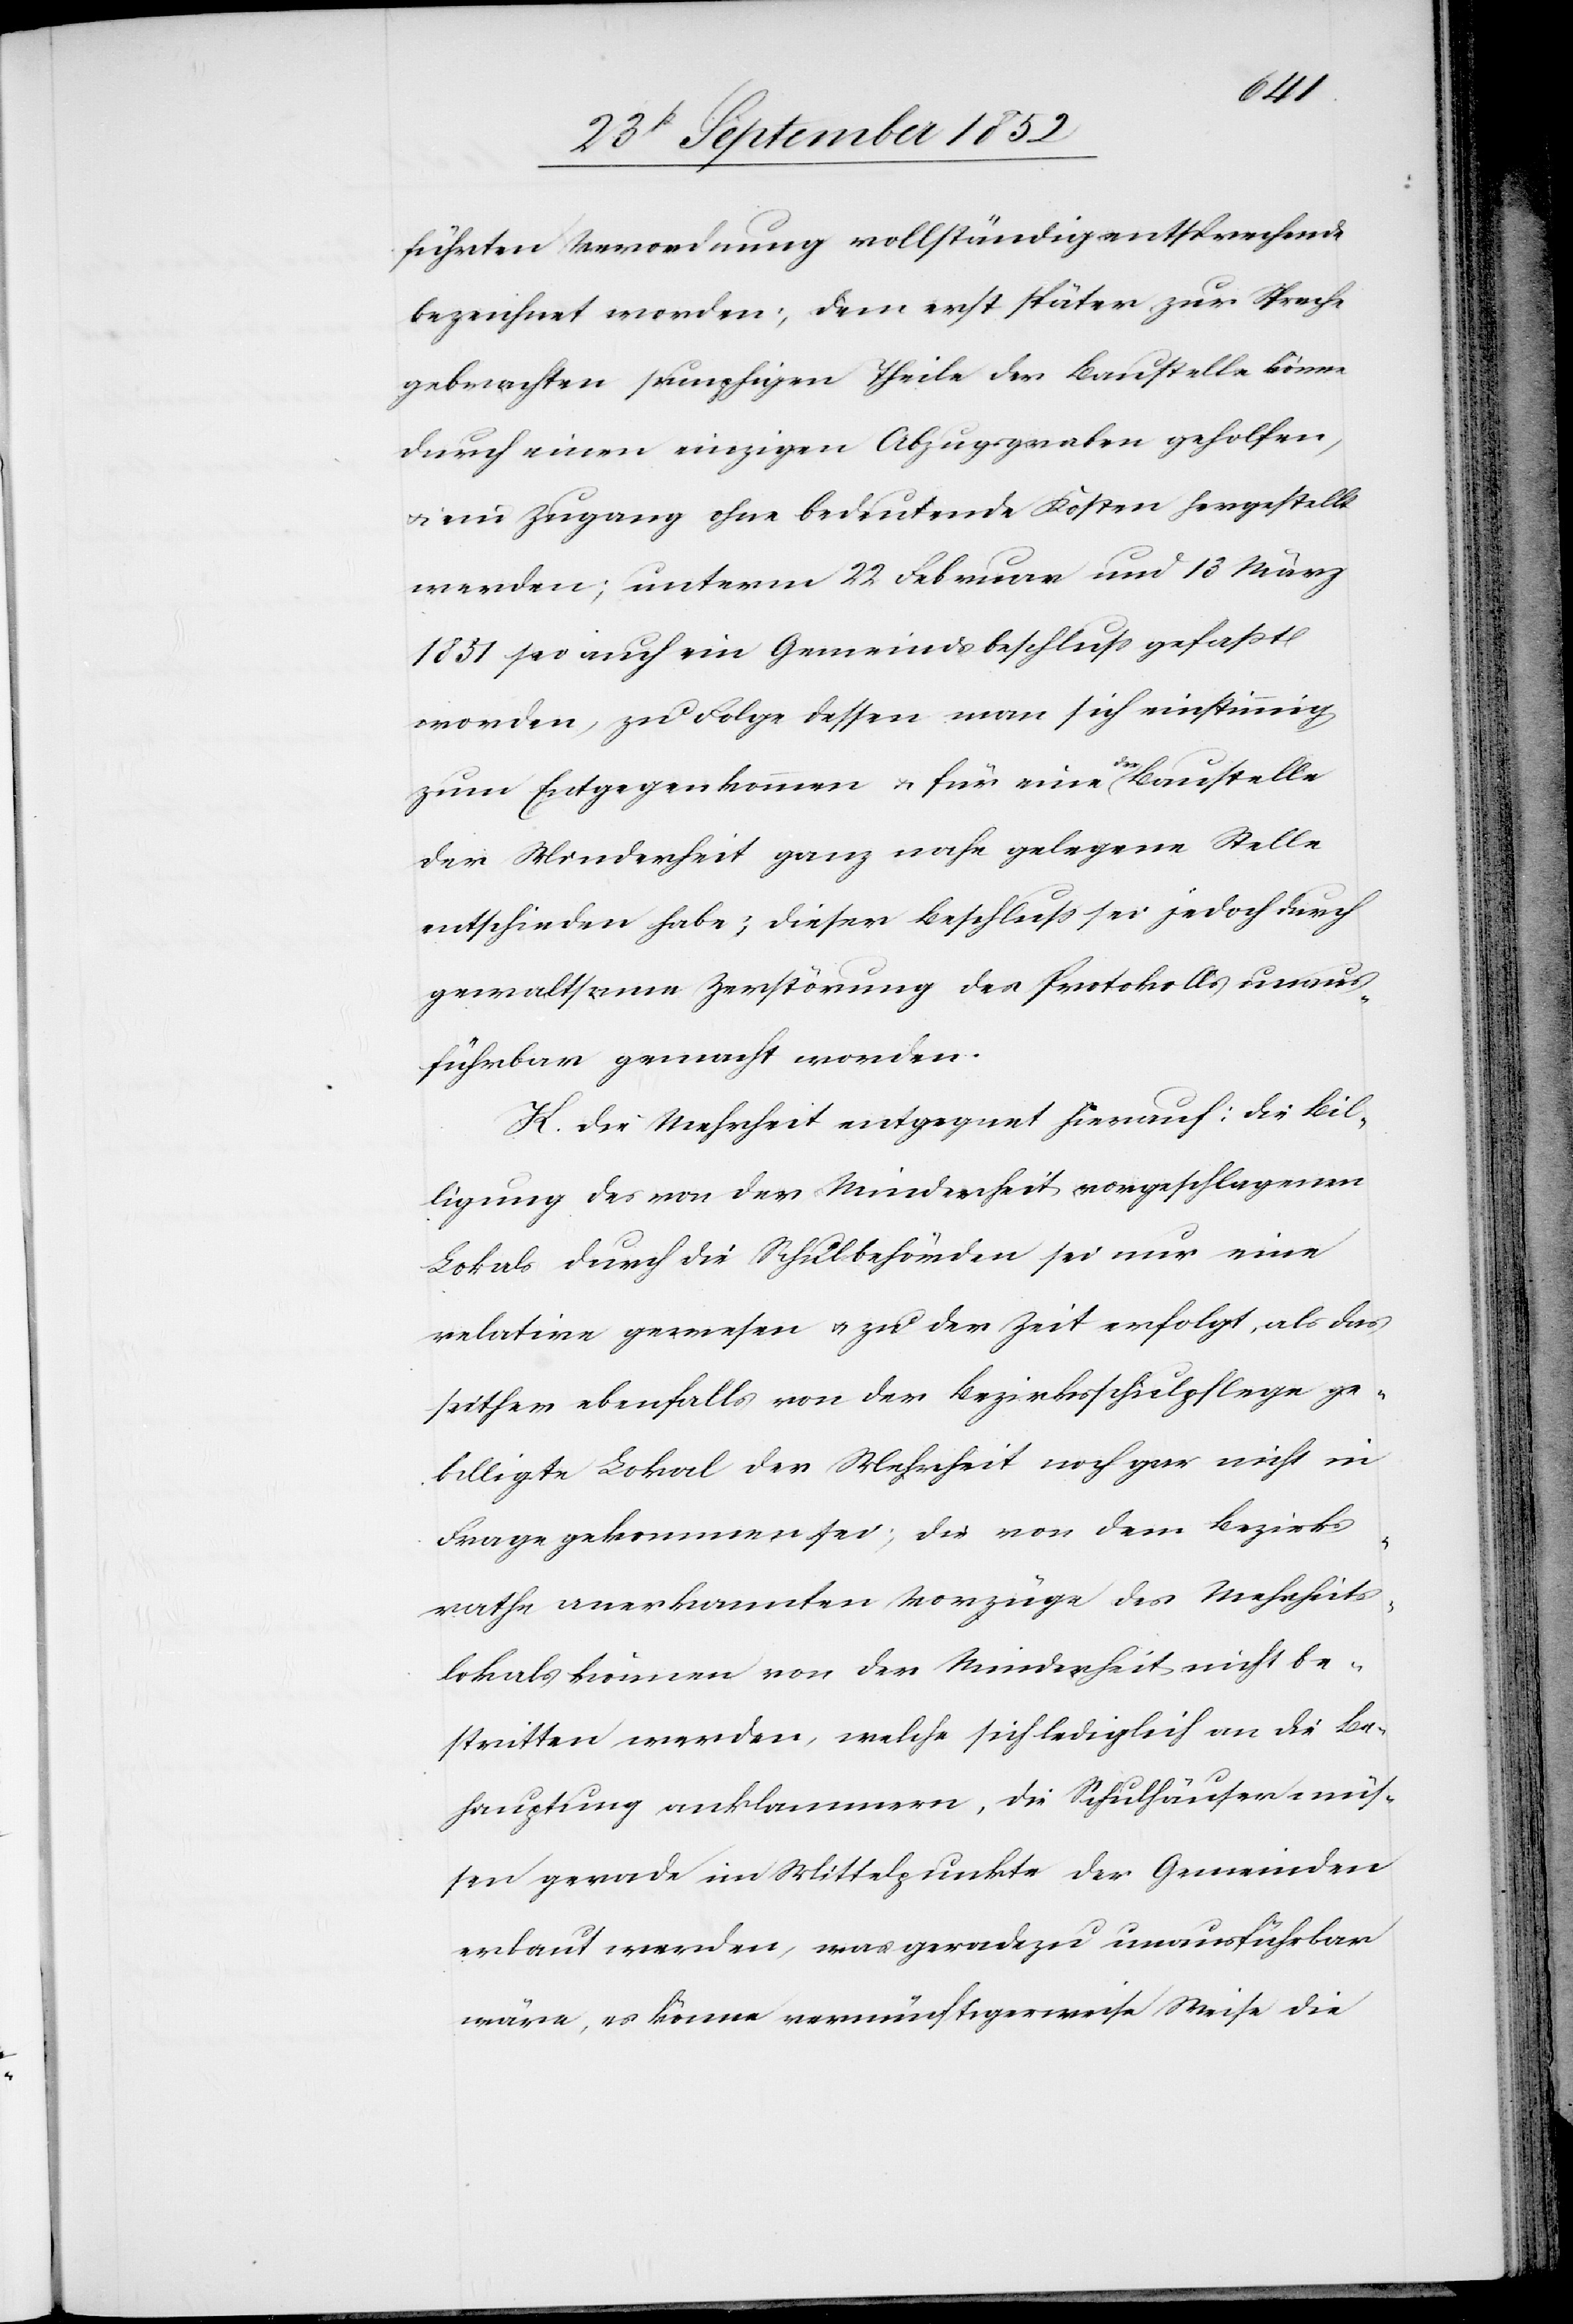
die
führten Verordnung vollständig entsprechende
bezeichnet worden; dem erst später zur Sprache
gebrachten sumpfigen Theile der Baustelle könne
durch einen einzigen Abzugsgraben geholfen,
& ein Zugang ohne bedeutende Kosten hergestellt
werden; unterm 22 Februar und 13 März
1851 sei auch ein Gemeindsbeschluss gefaßt
worden, zu Folge dessen man sich einstimmig
zum Entgegenkommen & für eine der Baustelle
der Minderheit ganz nahe gelegene Stelle
entschieden habe, dieser Beschluss sei jedoch durch
gewaltsame Zerstörung des Protokolls unaus¬
führbar gemacht worden.
K. Die Mehrheit entgegnet hierauf: Die Bil¬
ligung des von der Minderheit vorgeschlagenen
Lokals durch die Schulbehörden sei nur eine
relative gewesen & zu der Zeit erfolgt, als das
seither ebenfalls von der Bezirksschulpflege ge¬
billigte Lokal der Mehrheit noch gar nicht in
Frage gekommen sei; die von dem Bezirks¬
rathe anerkannten Vorzüge des Mehrheits¬
lokals können von der Minderheit nicht be¬
stritten werden, welche sich lediglich an die Be¬
hauptung anklammern, die Schulhäuser müs¬
sen gerade im Mittelpunkte der Gemeinden
erbaut werden, was geradezu unausführbar
wäre, es könne vernünftigerweise Weise [si¬